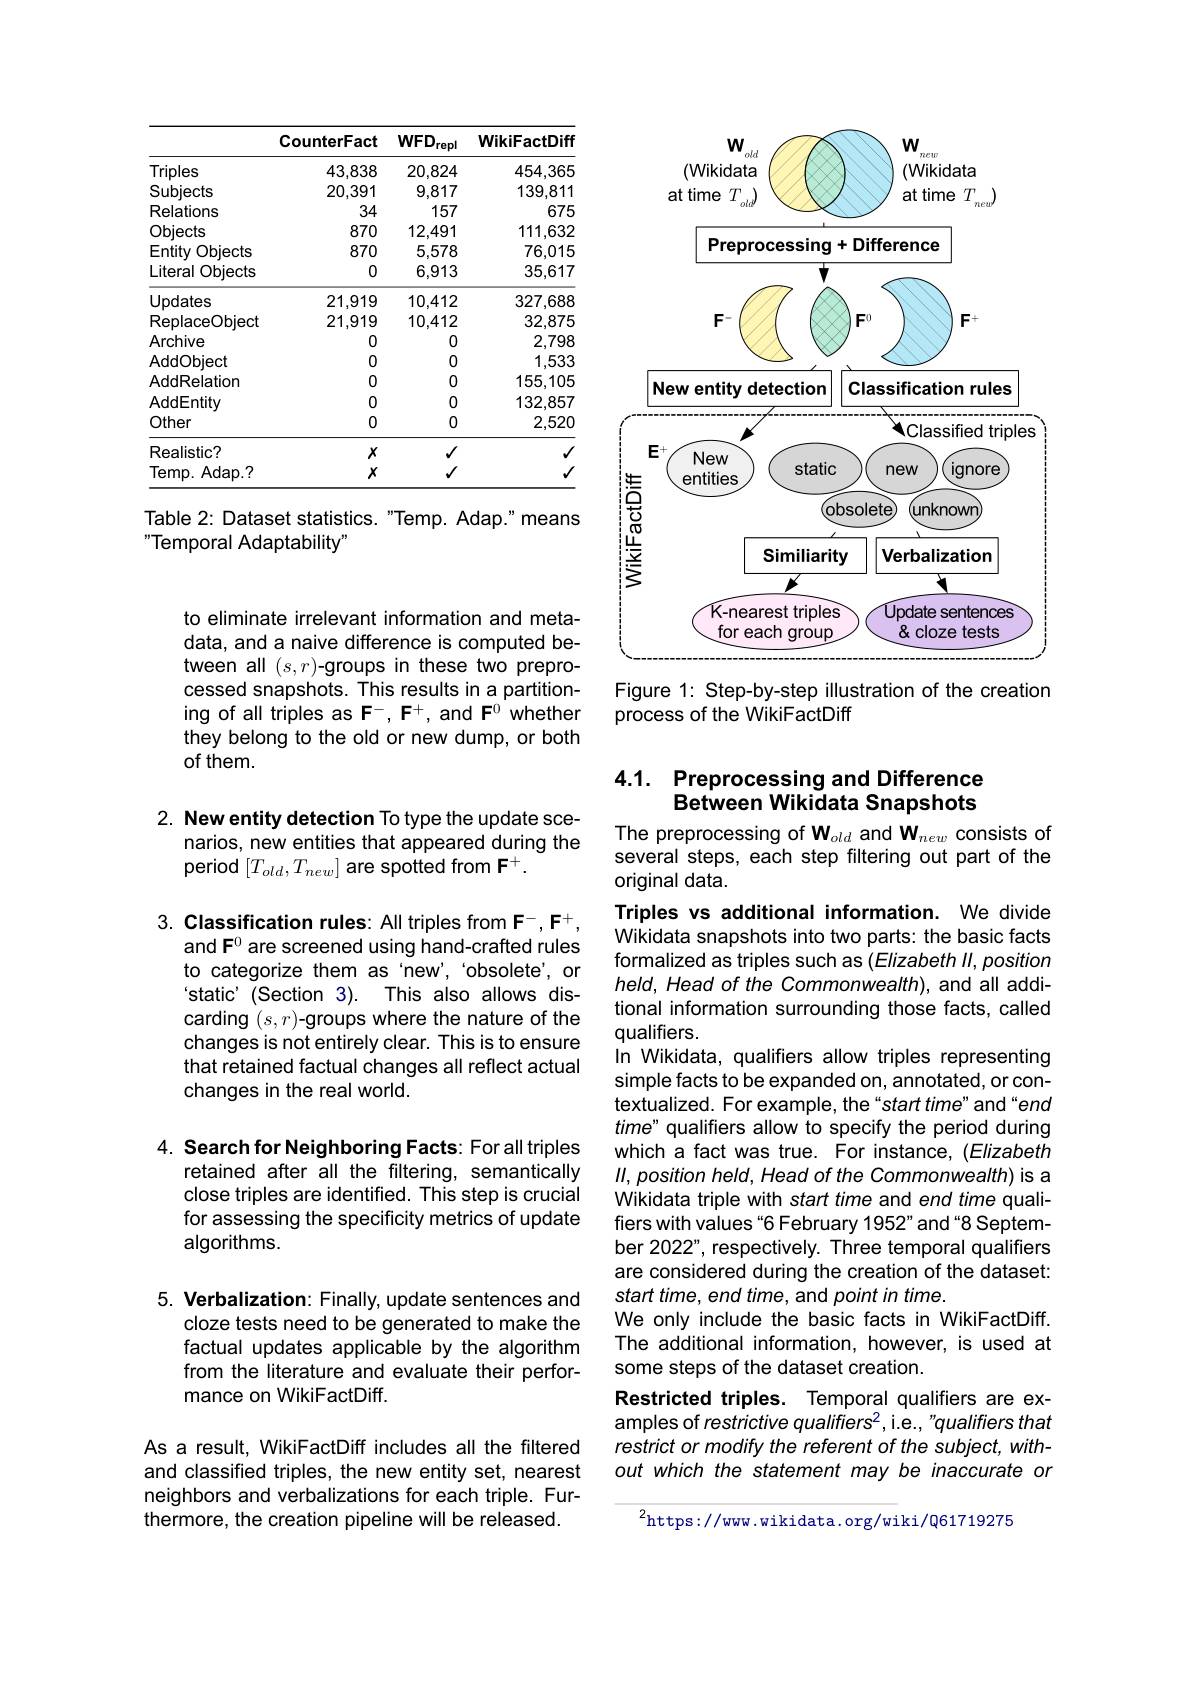
to eliminate irrelevant information and metadata, and a naive difference is computed between all $(s,r)$-groups in these two preprocessed snapshots. This results in a partitioning of all triples as $\mathbf{F}^-,\mathbf{F}^+$, and F$^0$ whether they belong to the old or new dump, or both of them.

2. New entity detection To type the update sce-
narios, new entities that appeared during the
period $[T_{old},T_{new}]$ are spotted from F$^+.$

3. Classification rules: All triples from $\mathbf{F}^-,\mathbf{F}^+$,
and F$^{0}$ are screened using hand-crafted rules to categorize them as 'new', 'obsolete', or static' (Section 3). This also allows discarding $(s,r)$-groups where the nature of the changes is not entirely clear. This is to ensure that retained factual changes all reflect actual changes in the real world.

4. Search for Neighboring Facts: For all triples
retained after all the filtering, semantically close triples are identified. This step is crucial for assessing the specificity metrics of update algorithms.

5. Verbalization: Finally, update sentences and
cloze tests need to be generated to make the factual updates applicable by the algorithm from the literature and evaluate their performance on WikiFactDiff.

As a result, WikiFactDiff includes all the filtered and classified triples, the new entity set, nearest neighbors and verbalizations for each triple. Furthermore, the creation pipeline will be released.

<table>
	<tbody>
		<tr>
			<th> </th>
			<th>CounterFact</th>
			<th>$WFD_{\mathrm{repl}}$</th>
			<th>WikiFactDiff</th>
		</tr>
		<tr>
			<td>Triples</td>
			<td>43,838</td>
			<td>20,824</td>
			<td>454,365</td>
		</tr>
		<tr>
			<td>Subiects</td>
			<td>20,391</td>
			<td>9,817</td>
			<td>139.811</td>
		</tr>
		<tr>
			<td>Relations</td>
			<td>34</td>
			<td>157</td>
			<td>675</td>
		</tr>
		<tr>
			<td>Objects</td>
			<td>870</td>
			<td>12,491</td>
			<td>111,632</td>
		</tr>
		<tr>
			<td>Entity Obiects</td>
			<td>870</td>
			<td>5,578</td>
			<td>76,015</td>
		</tr>
		<tr>
			<td>Literal $\mathsf{Objects}$</td>
			<td>0</td>
			<td>6,913</td>
			<td>35,617</td>
		</tr>
		<tr>
			<td>Updates</td>
			<td>21,919</td>
			<td>10,412</td>
			<td>327,688</td>
		</tr>
		<tr>
			<td>ReplaceObiect</td>
			<td>21,919</td>
			<td>10,412</td>
			<td>32,875</td>
		</tr>
		<tr>
			<td>Archive</td>
			<td>0</td>
			<td>0</td>
			<td>2,798</td>
		</tr>
		<tr>
			<td>AddObiect</td>
			<td>0</td>
			<td>0</td>
			<td>1,533</td>
		</tr>
		<tr>
			<td>AddRelation</td>
			<td>0</td>
			<td>0</td>
			<td>155,105</td>
		</tr>
		<tr>
			<td>AddEntity</td>
			<td>0</td>
			<td>0</td>
			<td>132.857</td>
		</tr>
		<tr>
			<td>Other</td>
			<td>0</td>
			<td>0</td>
			<td>2,520</td>
		</tr>
		<tr>
			<td>Realistic?</td>
			<td>$X$</td>
			<td>$√$</td>
			<td>$y$</td>
		</tr>
		<tr>
			<td>Temp. A $Adap.7$</td>
			<td>$X$</td>
			<td>$√$</td>
			<td> </td>
		</tr>
	</tbody>
</table>

Table 2: Dataset statistics. "Temp. Adap." means
Temporal Adaptability'

<FigureHere>
Figure 1: Step-by-step illustration of the creation

process of the WikiFactDiff

## 4.1. Preprocessing and Difference Between Wikidata Snapshots

The preprocessing of Wold and Wnew consists of several steps, each step filtering out part of the original data.

Triples vs additional information. We divide Wikidata snapshots into two parts: the basic facts formalized as triples such as (Elizabeth II, position held, Head of the Commonwealth), and all additional information surrounding those facts, called qualifiers.
In Wikidata, qualifiers allow triples representing simple facts to be expanded on, annotated, or contextualized. For example, the“start time”and“end time" qualifiers allow to specify the period during which a fact was true. For instance, (Elizabeth) $II,position$ held, Head of the Commonwealth) is a Wikidata triple with start time and end time qualifiers with values "6 February 1952" and "8 September 2022", respectively. Three temporal qualifiers are considered during the creation of the dataset: start time, end time, and point in time.
We only include the basic facts in WikiFactDiff. The additional information, however, is used at some steps of the dataset creation.
Restricted triples. Temporal qualifiers are examples of restrictive qualifiers2, i.e., "qualifiers that restrict or modify the referent of the subject, without which the statement may be inaccurate or

$^{2}$https://www.wikidata.org/wiki/Q61719275